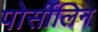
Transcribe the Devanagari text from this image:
पोर्सीलिन